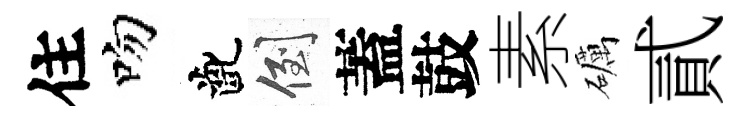
住吻齔倒蓋鼓素礪貳